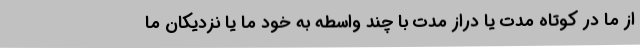
از ما در کوتاه مدت یا دراز مدت با چند واسطه به خود ما یا نزدیکان ما